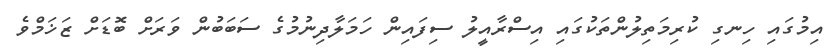
އިމުގައި ހިނގި ކުރިމަތިލުންތަކުގައި އިސްރާއީލު ސިފައިން ހަމަލާދިނުމުގެ ސަބަބުން ވަރަށް ބޮޑަށް ޒަޚަމްވެ